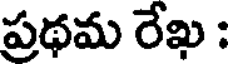
ప్రథమ రేఖ :